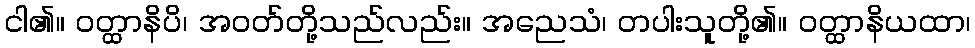
ငါ၏။ ဝတ္ထာနိပိ၊ အဝတ်တို့သည်လည်း။ အညေသံ၊ တပါးသူတို့၏။ ဝတ္ထာနိယထာ၊